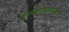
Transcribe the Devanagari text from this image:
ज्ञानकोशाप्रमाणे